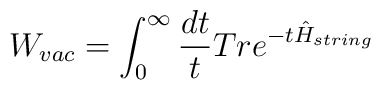
W_{vac}=\int_{0}^{\infty}\frac{dt}{t} Tr e^{-t \hat{H}_{string}}